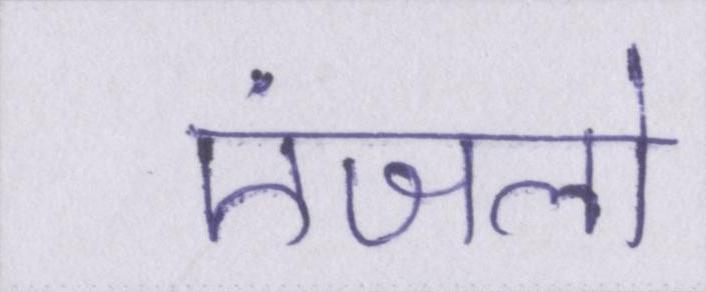
एंजलो